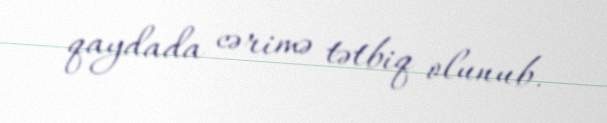
qaydada cərimə tətbiq olunub.